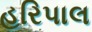
હરિપાલ